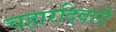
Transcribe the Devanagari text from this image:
चहारदिवारी